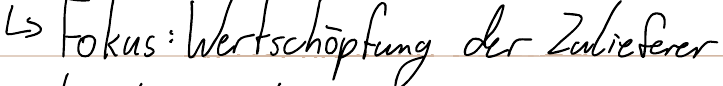
-> Fokus: Wertschöpfung der Zulieferer